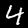
Digit: 4